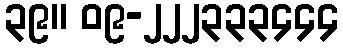
၃၉။ ၀၉-၂၂၂၃၃၃၄၄၄